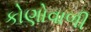
કોણોવાળી